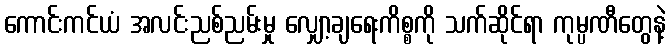
ကောင်းကင်ယံ အလင်းညစ်ညမ်းမှု လျှော့ချရေးကိစ္စကို သက်ဆိုင်ရာ ကုမ္ပဏီတွေနဲ့